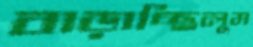
বাড়াচ্ছিলুম